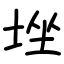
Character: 𡌚